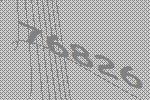
76826